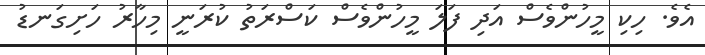
އެވެ. ހިކި މީހުންވެސް އަދި ފަލަ މީހުންވެސް ކަސްރަތު ކުރަނީ މިހާރު ހަށިގަނޑު